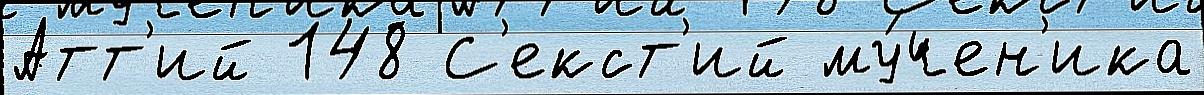
Атт'ий 148 С'екст'ий му́чен'ика